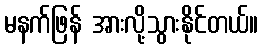
မနက်ဖြန် အားလို့သွားနိုင်တယ်။